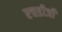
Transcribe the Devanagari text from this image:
एचडीजी